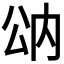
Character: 𰃠